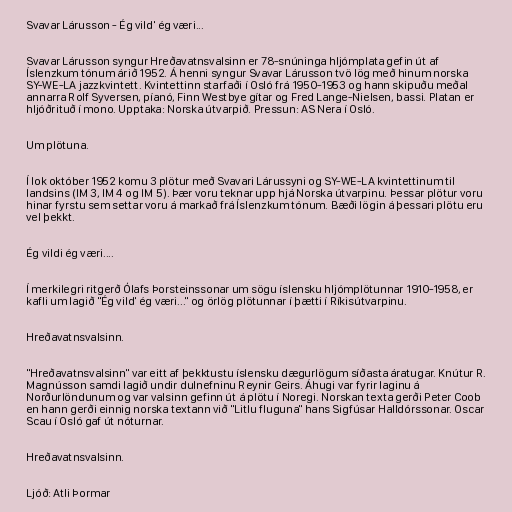
Svavar Lárusson - Ég vild' ég væri...

Svavar Lárusson syngur Hreðavatnsvalsinn er 78-snúninga hljómplata gefin út af
Íslenzkum tónum árið 1952. Á henni syngur Svavar Lárusson tvö lög með hinum norska
SY-WE-LA jazzkvintett. Kvintettinn starfaði í Osló frá 1950-1953 og hann skipuðu meðal
annarra Rolf Syversen, píanó, Finn Westbye gítar og Fred Lange-Nielsen, bassi. Platan er
hljóðrituð í mono. Upptaka: Norska útvarpið. Pressun: AS Nera í Osló.

Um plötuna.

Í lok október 1952 komu 3 plötur með Svavari Lárussyni og SY-WE-LA kvintettinum til
landsins (IM 3, IM 4 og IM 5). Þær voru teknar upp hjá Norska útvarpinu. Þessar plötur voru
hinar fyrstu sem settar voru á markað frá Íslenzkum tónum. Bæði lögin á þessari plötu eru
vel þekkt.

Ég vildi ég væri....

Í merkilegri ritgerð Ólafs Þorsteinssonar um sögu íslensku hljómplötunnar 1910-1958, er
kafli um lagið "Ég vild' ég væri..." og örlög plötunnar í þætti í Ríkisútvarpinu.

Hreðavatnsvalsinn.

"Hreðavatnsvalsinn" var eitt af þekktustu íslensku dægurlögum síðasta áratugar. Knútur R.
Magnússon samdi lagið undir dulnefninu Reynir Geirs. Áhugi var fyrir laginu á
Norðurlöndunum og var valsinn gefinn út á plötu í Noregi. Norskan texta gerði Peter Coob
en hann gerði einnig norska textann við "Litlu fluguna" hans Sigfúsar Halldórssonar. Oscar
Scau í Osló gaf út nóturnar.

Hreðavatnsvalsinn.

Ljóð: Atli Þormar